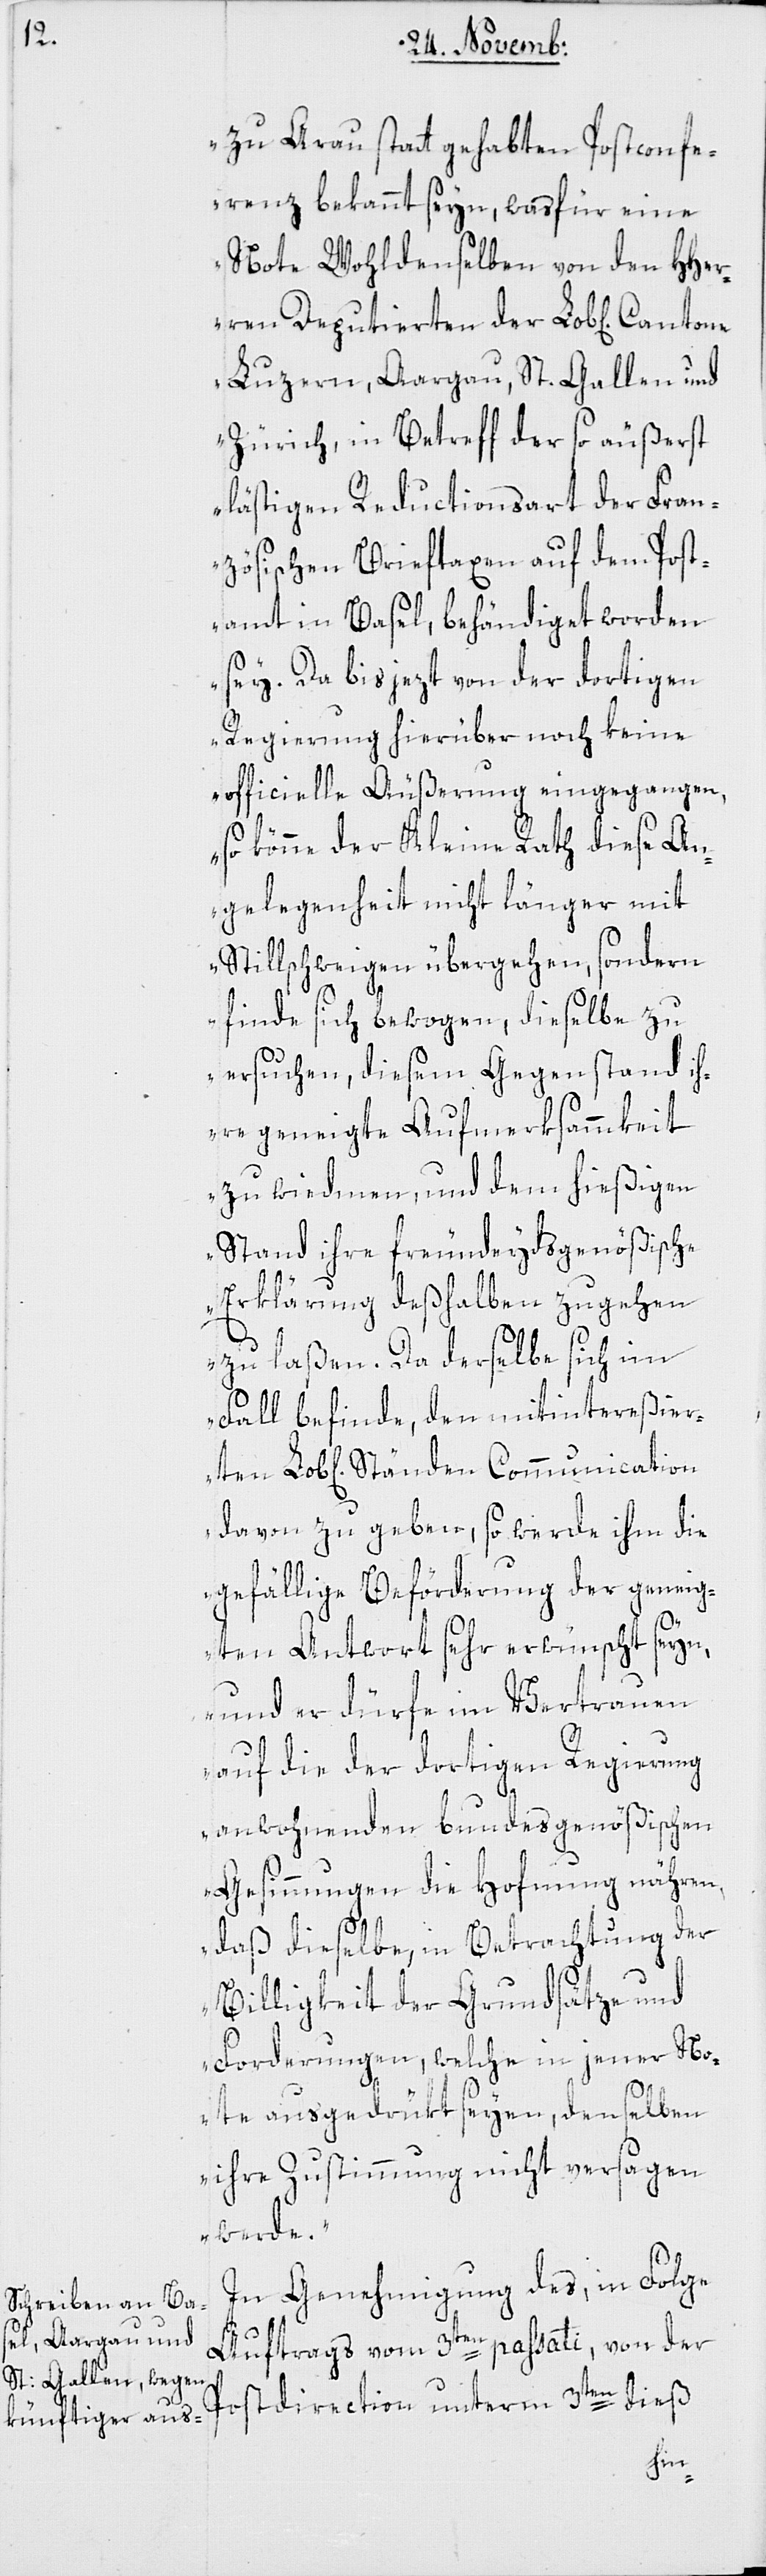
zu Arau statt gehabten Postconfe¬
renz bekannt seyn, was für eine
Note Wohldenselben von den HHer¬
ten
ren Deputierten der Lob[lichen]
Luzern, Aargau, St. Gallen und
Zürich, in Betreff der so äußerst
lästigen Reductionsart der Fran¬
zösischen Brieftaxen auf dem Post¬
amt in Basel, behändiget worden
sey. Da bis jezt von der dortigen
Regierung hierüber noch keine
officielle Äußerung eingegangen,
so könne der Kleine Rath diese An¬
gelegenheit nicht länger mit
Stillschweigen übergehen, sondern
finde sich bewogen, dieselbe zu
ersuchen, diesem Gegenstand ih¬
re geneigte Aufmerksammkeit
zu wiedmen, und dem hießigen
Stand ihre freundeydgenößische
Erklärung deßhalben zugehen
zu laßen. Da derselbe sich im
Fall befinde, den mitintereßier¬
davon zu geben, so werde ihm die
gefällige Beförderung der geneig¬
ten Antwort sehr erwünscht seyn,
und er dürfe im Vertrauen
auf die der dortigen Regierung
anwohnenden bundesgenößischen
Gesinnungen die Hof[f]nung nähren,
daß dieselbe, in Betrachtung der
Billigkeit der Grundsätze und
Forderungen, welche in jener No¬
te ausgedrükt seyen, denselben
ihre Zustimmung nicht versagen
werde.“
In Genehmigung des, in Folge
Auftrags vom 3ten passati, von der
Postdirection unterm 3ten dieß